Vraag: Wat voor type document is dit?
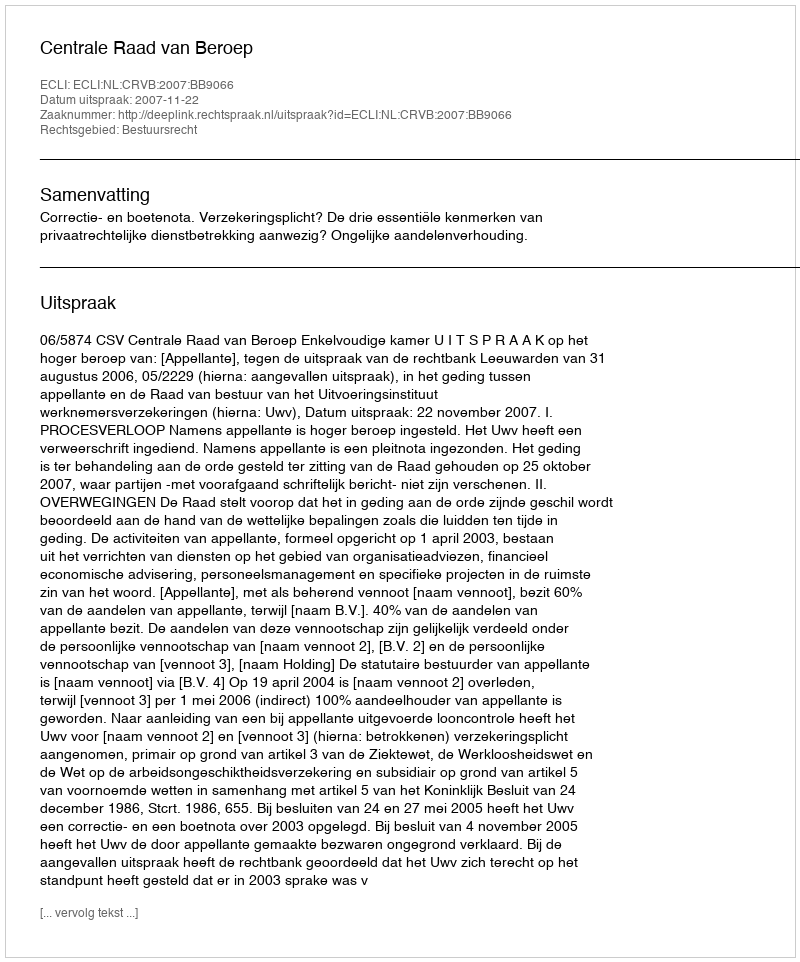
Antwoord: Uitspraak